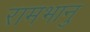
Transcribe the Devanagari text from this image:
रामभानु